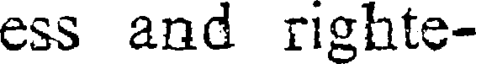
ess and righte-